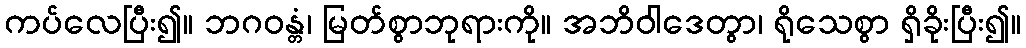
ကပ်လေပြီး၍။ ဘဂဝန္တံ၊ မြတ်စွာဘုရားကို။ အဘိဝါဒေတွာ၊ ရိုသေစွာ ရှိခိုးပြီး၍။